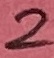
Text: 2